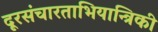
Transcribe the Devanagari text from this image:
दूरसंचारताभियान्त्रिकी